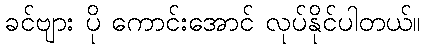
ခင်ဗျား ပို ကောင်းအောင် လုပ်နိုင်ပါတယ်။